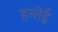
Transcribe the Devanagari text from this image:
हन्तेई